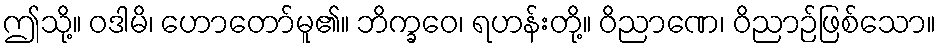
ဤသို့။ ဝဒါမိ၊ ဟောတော်မူ၏။ ဘိက္ခဝေ၊ ရဟန်းတို့။ ဝိညာဏေ၊ ဝိညာဉ်ဖြစ်သော။